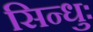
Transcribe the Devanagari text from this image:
सिन्धुः